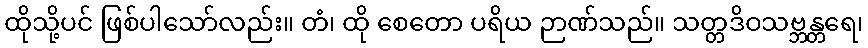
ထိုသို့ပင် ဖြစ်ပါသော်လည်း။ တံ၊ ထို စေတော ပရိယ ဉာဏ်သည်။ သတ္တဒိဝသဗ္ဘန္တရေ၊